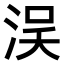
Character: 𣵗